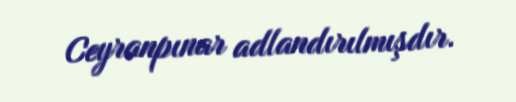
Ceyranpınar adlandırılmışdır.